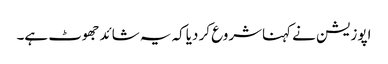
اپوزیشن نے کہناشروع کر دیاکہ یہ شائدجھوٹ ہے۔